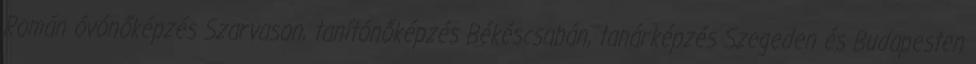
Román óvónőképzés Szarvason, tanítónőképzés Békéscsabán, tanárképzés Szegeden és Budapesten